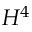
H ^ { 4 }